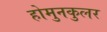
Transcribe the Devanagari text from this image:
होमुनकुलर